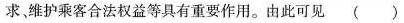
需求、维护乘客合法权益等具有重要作用。由此可见( )